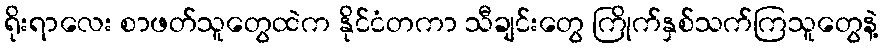
ရိုးရာလေး စာဖတ်သူတွေထဲက နိုင်ငံတကာ သီချင်းတွေ ကြိုက်နှစ်သက်ကြသူတွေနဲ့